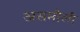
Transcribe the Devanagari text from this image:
असमौली